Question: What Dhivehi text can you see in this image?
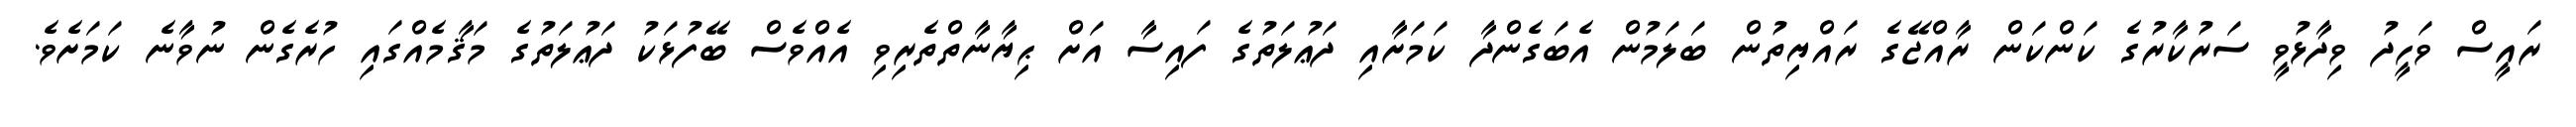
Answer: ރައީސް ވަހީދު ވިދާޅުވީ ސަރުކާރުގެ ކަންކަން ރާއްޖޭގެ ރައްޔިތުން ބަލަމުން އެބަގެންދާ ކަމަށާއި ދަޢުލަތުގެ ފައިސާ އަށް ޙިޔާނާތްތެރިވި އެއްވެސް ބޭފުޅަކު ދަޢުލަތުގެ މަޤާމެއްގައި ހުރެގެން ނުވާނެ ކަމަށެވެ.